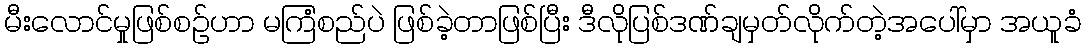
မီးလောင်မှုဖြစ်စဉ်ဟာ မကြံစည်ပဲ ဖြစ်ခဲ့တာဖြစ်ပြီး ဒီလိုပြစ်ဒဏ်ချမှတ်လိုက်တဲ့အပေါ်မှာ အယူခံ